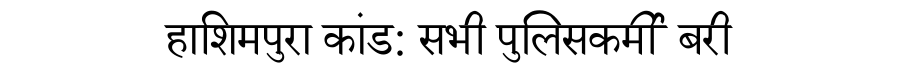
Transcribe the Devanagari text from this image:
हाशिमपुरा कांड: सभी पुलिसकर्मी बरी